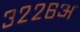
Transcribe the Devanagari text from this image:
३२२६अ